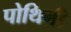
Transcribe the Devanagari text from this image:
पोथिनी